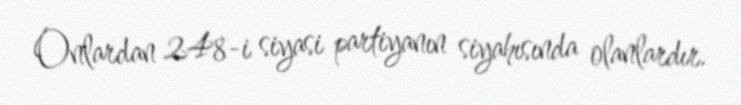
Onlardan 248-i siyasi partiyanın siyahısında olanlardır.